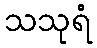
သသုရံ